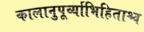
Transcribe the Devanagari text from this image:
कालानुपूर्व्याभिहिताश्च